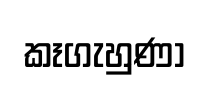
කෑගැහුණා